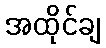
အထိုင်ချ